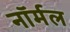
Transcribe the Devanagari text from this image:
नाॅर्मल